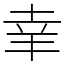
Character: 𦍒